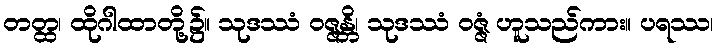
တတ္ထ၊ ထိုဂါထာတို့၌။ သုဒဿံ ဝဇ္ဇန္တိ၊ သုဒဿံ ဝဇ္ဇံ ဟူသည်ကား။ ပရဿ၊